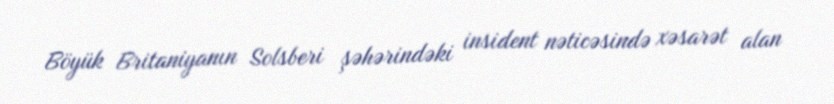
Böyük Britaniyanın Solsberi şəhərindəki insident nəticəsində xəsarət alan